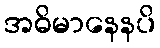
အဓိမာနေနပိ